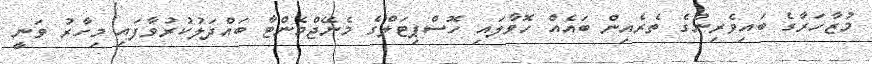
މުޒާހަރާގެ ބައިވެރިންގެ ތެރެއިން ބައެއް ހޮވާލައި ހޮސްޕިޓަލްގެ މެނޭޖްމެންޓާ ބައްދަލުކުރުވާފައި މިހާރު ވަނީ